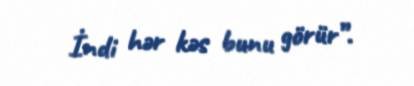
İndi hər kəs bunu görür”.